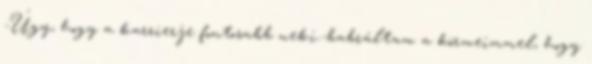
-Úgy, hogy a karrierje fontosabb neki.-babráltam a körmeimmel, hogy